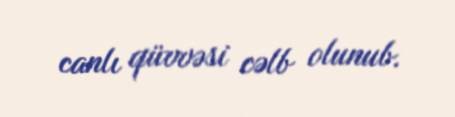
canlı qüvvəsi cəlb olunub.